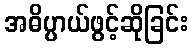
အဓိပ္ပာယ်ဖွင့်ဆိုခြင်း